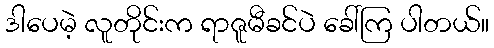
ဒါပေမဲ့ လူတိုင်းက ရာဇူမီခင်ပဲ ခေါ်ကြ ပါတယ်။